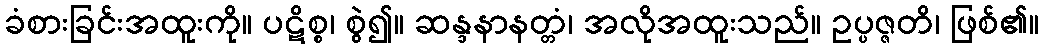
ခံစားခြင်းအထူးကို။ ပဋိစ္စ၊ စွဲ၍။ ဆန္ဒနာနတ္တံ၊ အလိုအထူးသည်။ ဥပ္ပဇ္ဇတိ၊ ဖြစ်၏။